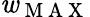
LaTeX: \mathit{w}_{\mathrm{{~M~A~X~}}}